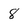
Character: 8